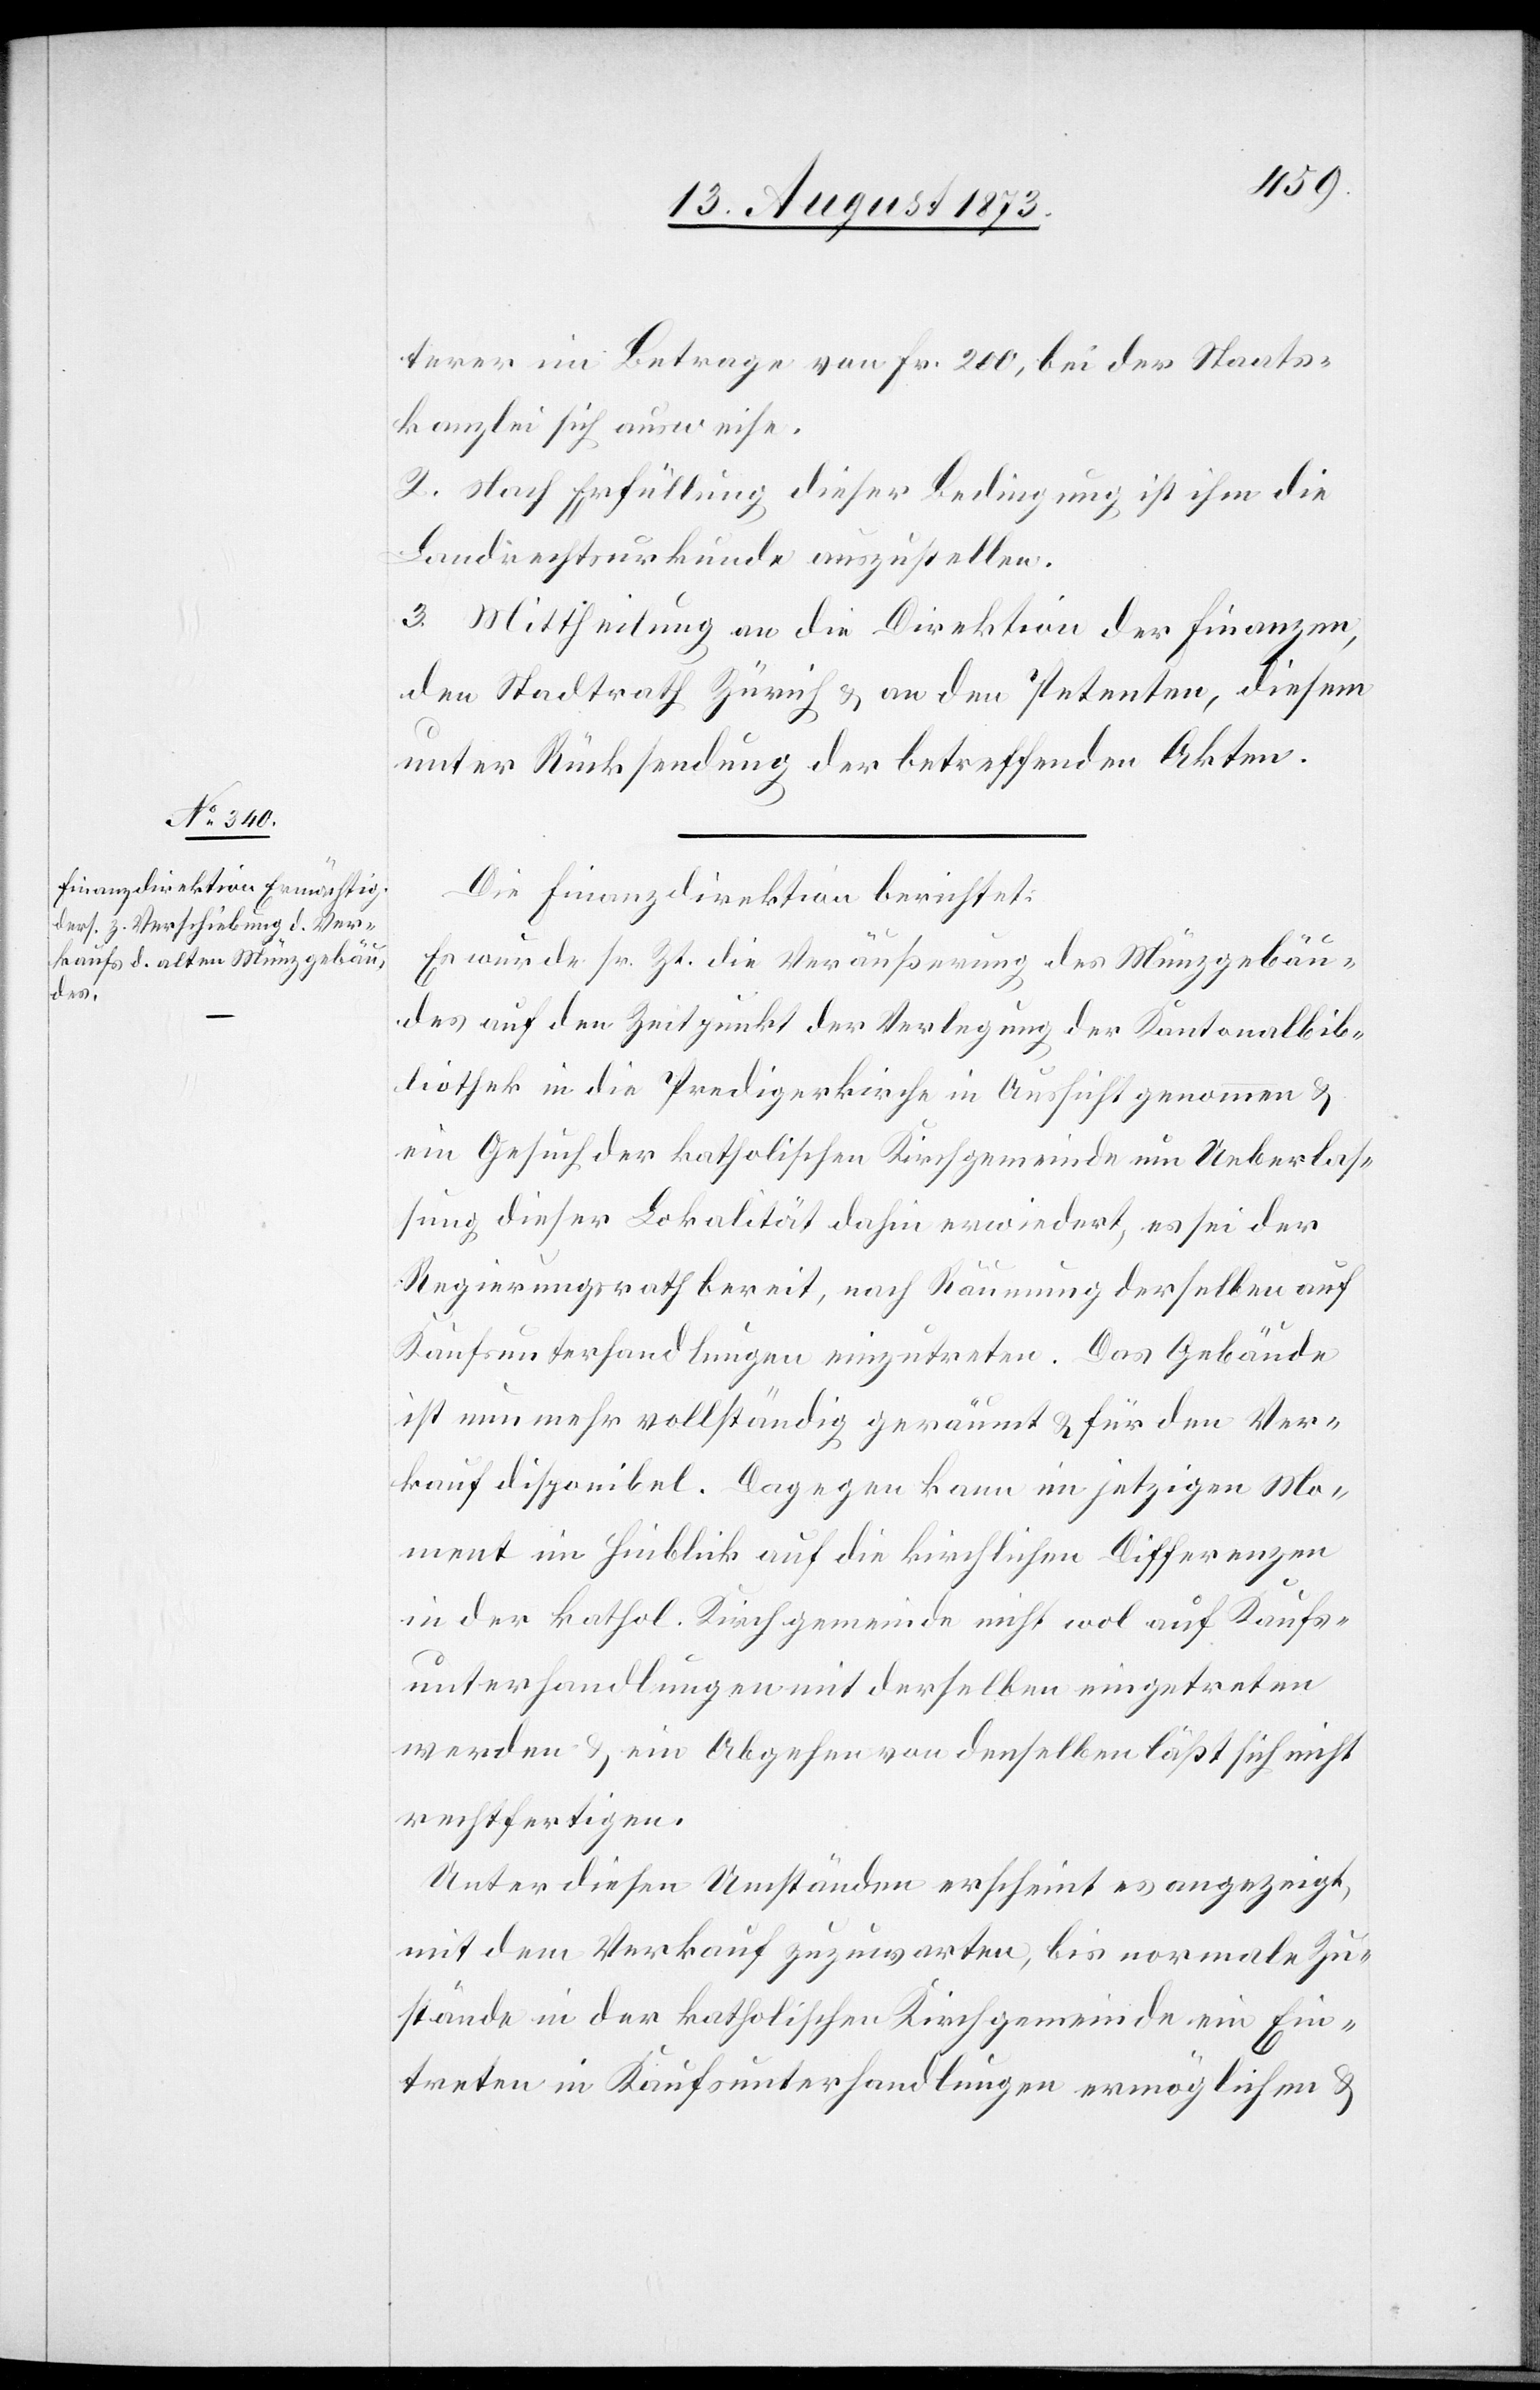
terer im Betrage von Fr. 200, bei der Staats¬
kanzlei sich ausweise.
2. Nach Erfüllung dieser Bedingung ist ihm die
Landrechtsurkunde auszustellen.
3. Mittheilung an die Direktion der Finanzen,
den Stadtrath Zürich & an den Petenten, diesem
unter Rücksendung der betreffenden Akten.
Die Finanzdirektion berichtet:
Es wurde sr. Zt. die Veräußerung des Münzgebäu¬
des auf den Zeitpunkt der Verlegung der Kantonalbib¬
liothek in die Predigerkirche in Aussicht genommen &
ein Gesuch der katholischen Kirchgemeinde um Ueberlas¬
sung dieser Lokalität dahin erwiedert, es sei der
Regierungsrath bereit, nach Räumung derselben auf
Kaufsunterhandlungen einzutreten. Das Gebäude
ist nunmehr vollständig geräumt & für den Ver¬
kauf disponibel. Dagegen kann im jetzigen Mo¬
ment im Hinblick auf die kirchlichen Differenzen
in der kathol. Kirchgemeinde nicht wol auf Kaufs¬
unterhandlungen mit derselben eingetreten
werden & ein Abgehen von denselben läßt sich nicht
rechtfertigen.
Unter diesen Umständen erscheint es angezeigt,
mit dem Verkauf zuzuwarten, bis normale Zu¬
stände in der katholischen Kirchgemeinde ein Ein¬
treten in Kaufsunterhandlungen ermöglichen &